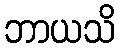
ဘာယသိ